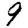
Digit: 9